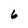
Character: 6